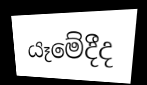
යෑමේදීද